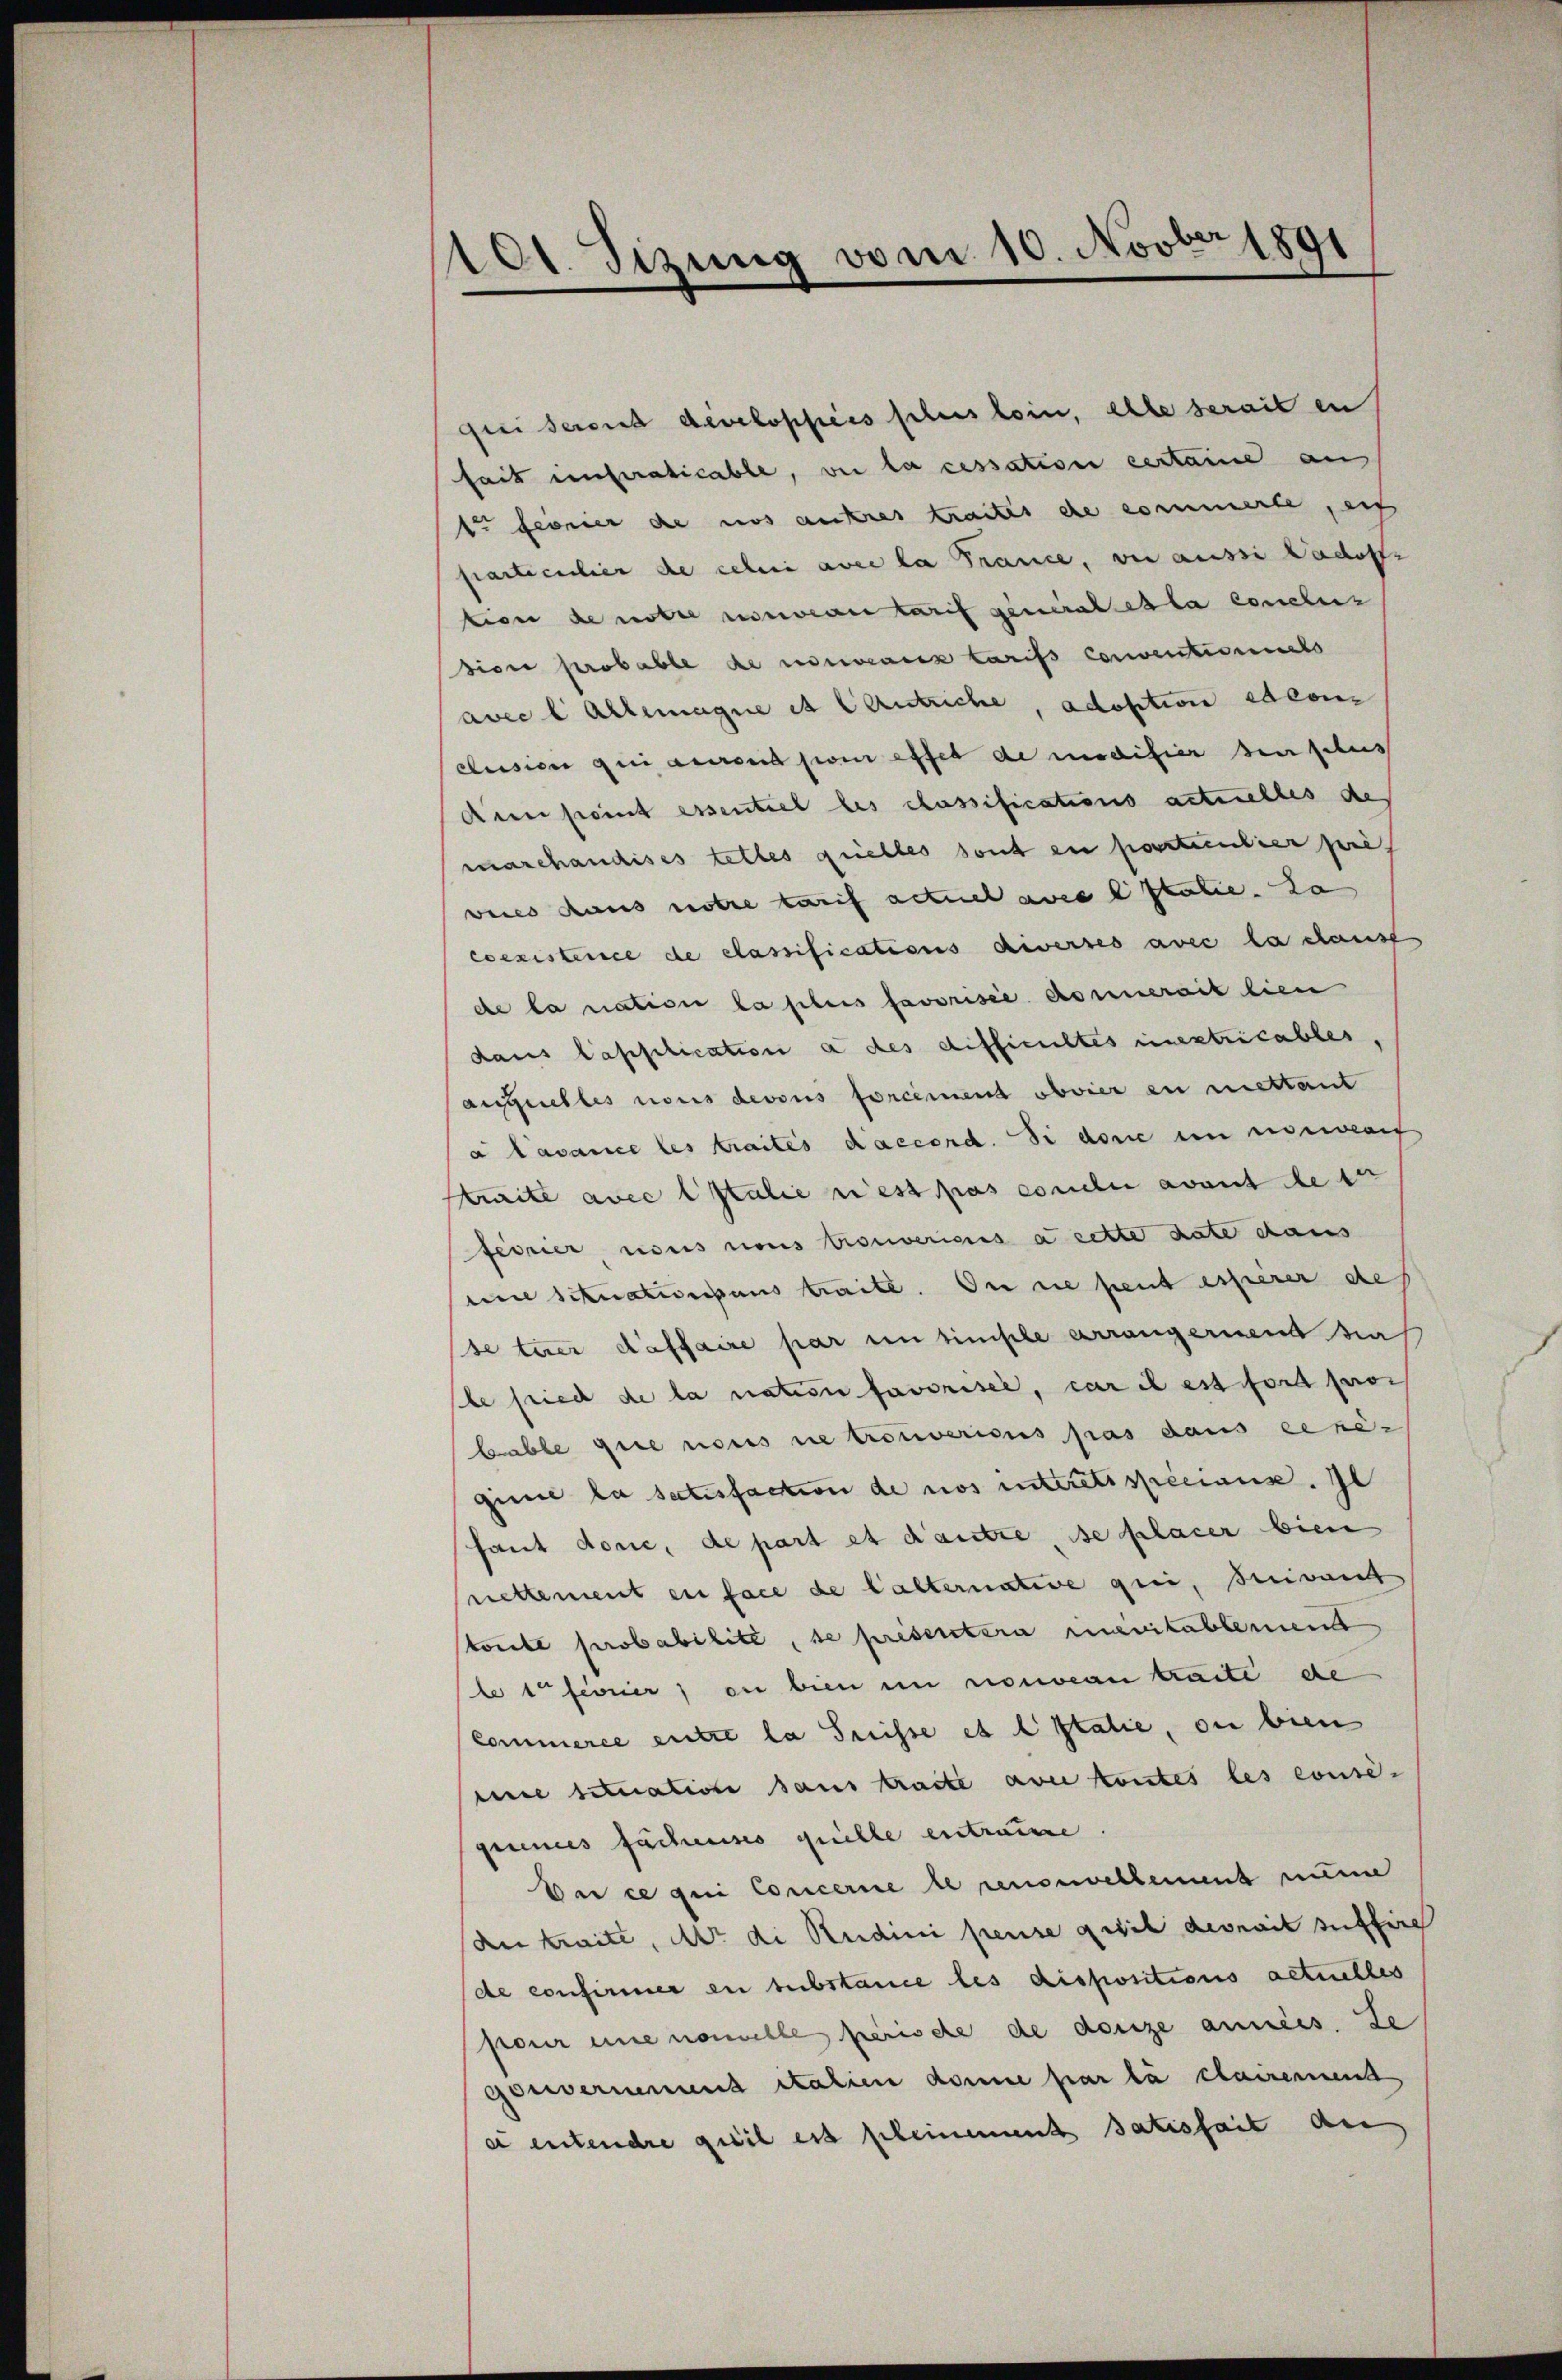
101. Sizung vom 10. Novber 1891

frei derend developfers schens lein, elle serait en
hait imperaticable, vie la cessation certaine aus
te feier de nos autres traites de commerte, ei
particulier die sehe avec la France, von aussi Vadoff
tion de unter einwegen tarif generales la conclus
sion probable de mineurs tarifs Conventionnels
avec l Allemagne et Centriche, adoption edeon
clusion qui aurend son effet de modifier in plus
dnn seint essentiel les cassifications actuelles de
marchaudises tettes quelles sont en postulier pre
vices dans notre tarif actuel avre estatie. Da
coexistence de classifications diverses avec la clanst
de la nation la plus favorisée Assenerait lien
dans Capplication a des difficultes einestricables,
auquelles nous devous forcemend obvier in mettant
a lavance les traites accord. Si den in niement
write avec ltalie nest pas conclu avant le ter
feorier nous nous trouveriens à cette date dans
eine Schnationsans traite. Die ne peut esserer des
se tuer daffaire par um simple arrangerient die
be fried de la nation favorisée, car il est fort proc
bable que nous ne trouvericus pas daus eehe-
gine la satisfaction de nos interetispeciaux. Il
Haut done, de part et d’autre, se placer bien
nettement en face de lalternative qui, einand
toute probabilite, se preserstera menitablement
let ferner, ou bien in nouveau traité de
Commerce entre la Preisse et statie, ou bien
eine situation sans traite aber kontes les conse-
genies fachenses quelle entraure
Der ce qui Concerne et unservellement nume
an traite, der di Rudini preuse gisel devrait suffire
de confirmier en substance les dispositions actuelles
pour eine nouvelle perische de donize anness. Se
gouvernenund italien domine par la clairemend
e entendre qui est pleinement satisfait de